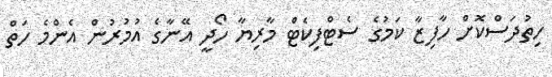
ހިތުދަސްކޮށް ހާފިޒާ ކަމުގެ ސެޓްފިކެޓް މާރިޔާ ހޯދީ އޭނާގެ އުމުރުން އެންމެ ހަތް